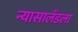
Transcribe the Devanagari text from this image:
न्यासालँडला